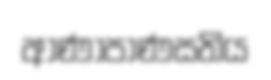
ආණාපාණසතිය